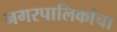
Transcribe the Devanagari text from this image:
नगरपालिकांचा